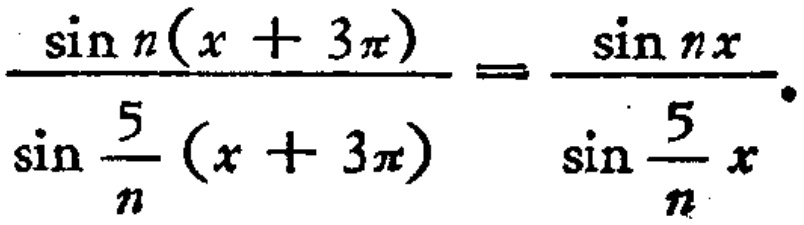
\(\frac{\sin n(x + 3\pi)}{\sin \frac{5}{n}(x + 3\pi)} = \frac{\sin nx}{\sin \frac{5}{n}x}.\)